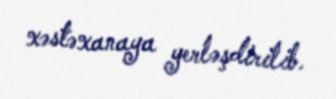
xəstəxanaya yerləşdirilib.